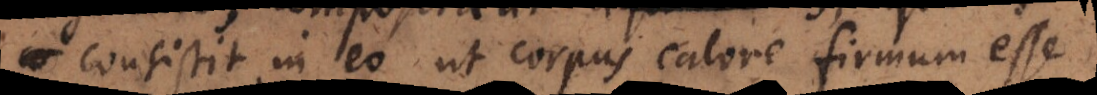
consistit in eo ut corpus calore firmum esse